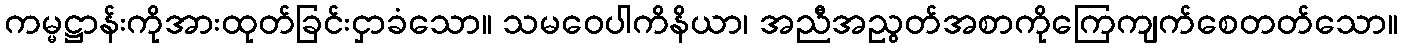
ကမ္မဋ္ဌာန်းကိုအားထုတ်ခြင်းငှာခံသော။ သမဝေပါကိနိယာ၊ အညီအညွတ်အစာကိုကြေကျက်စေတတ်သော။